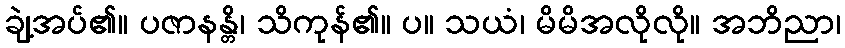
ချဲ့အပ်၏။ ပဇာနန္တိ၊ သိကုန်၏။ ပ။ သယံ၊ မိမိအလိုလို။ အဘိညာ၊